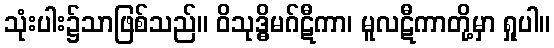
သုံးပါး၌သာဖြစ်သည်။ ဝိသုဒ္ဓိမဂ်ဋီကာ၊ မူလဋီကာတို့မှာ ရှုပါ။